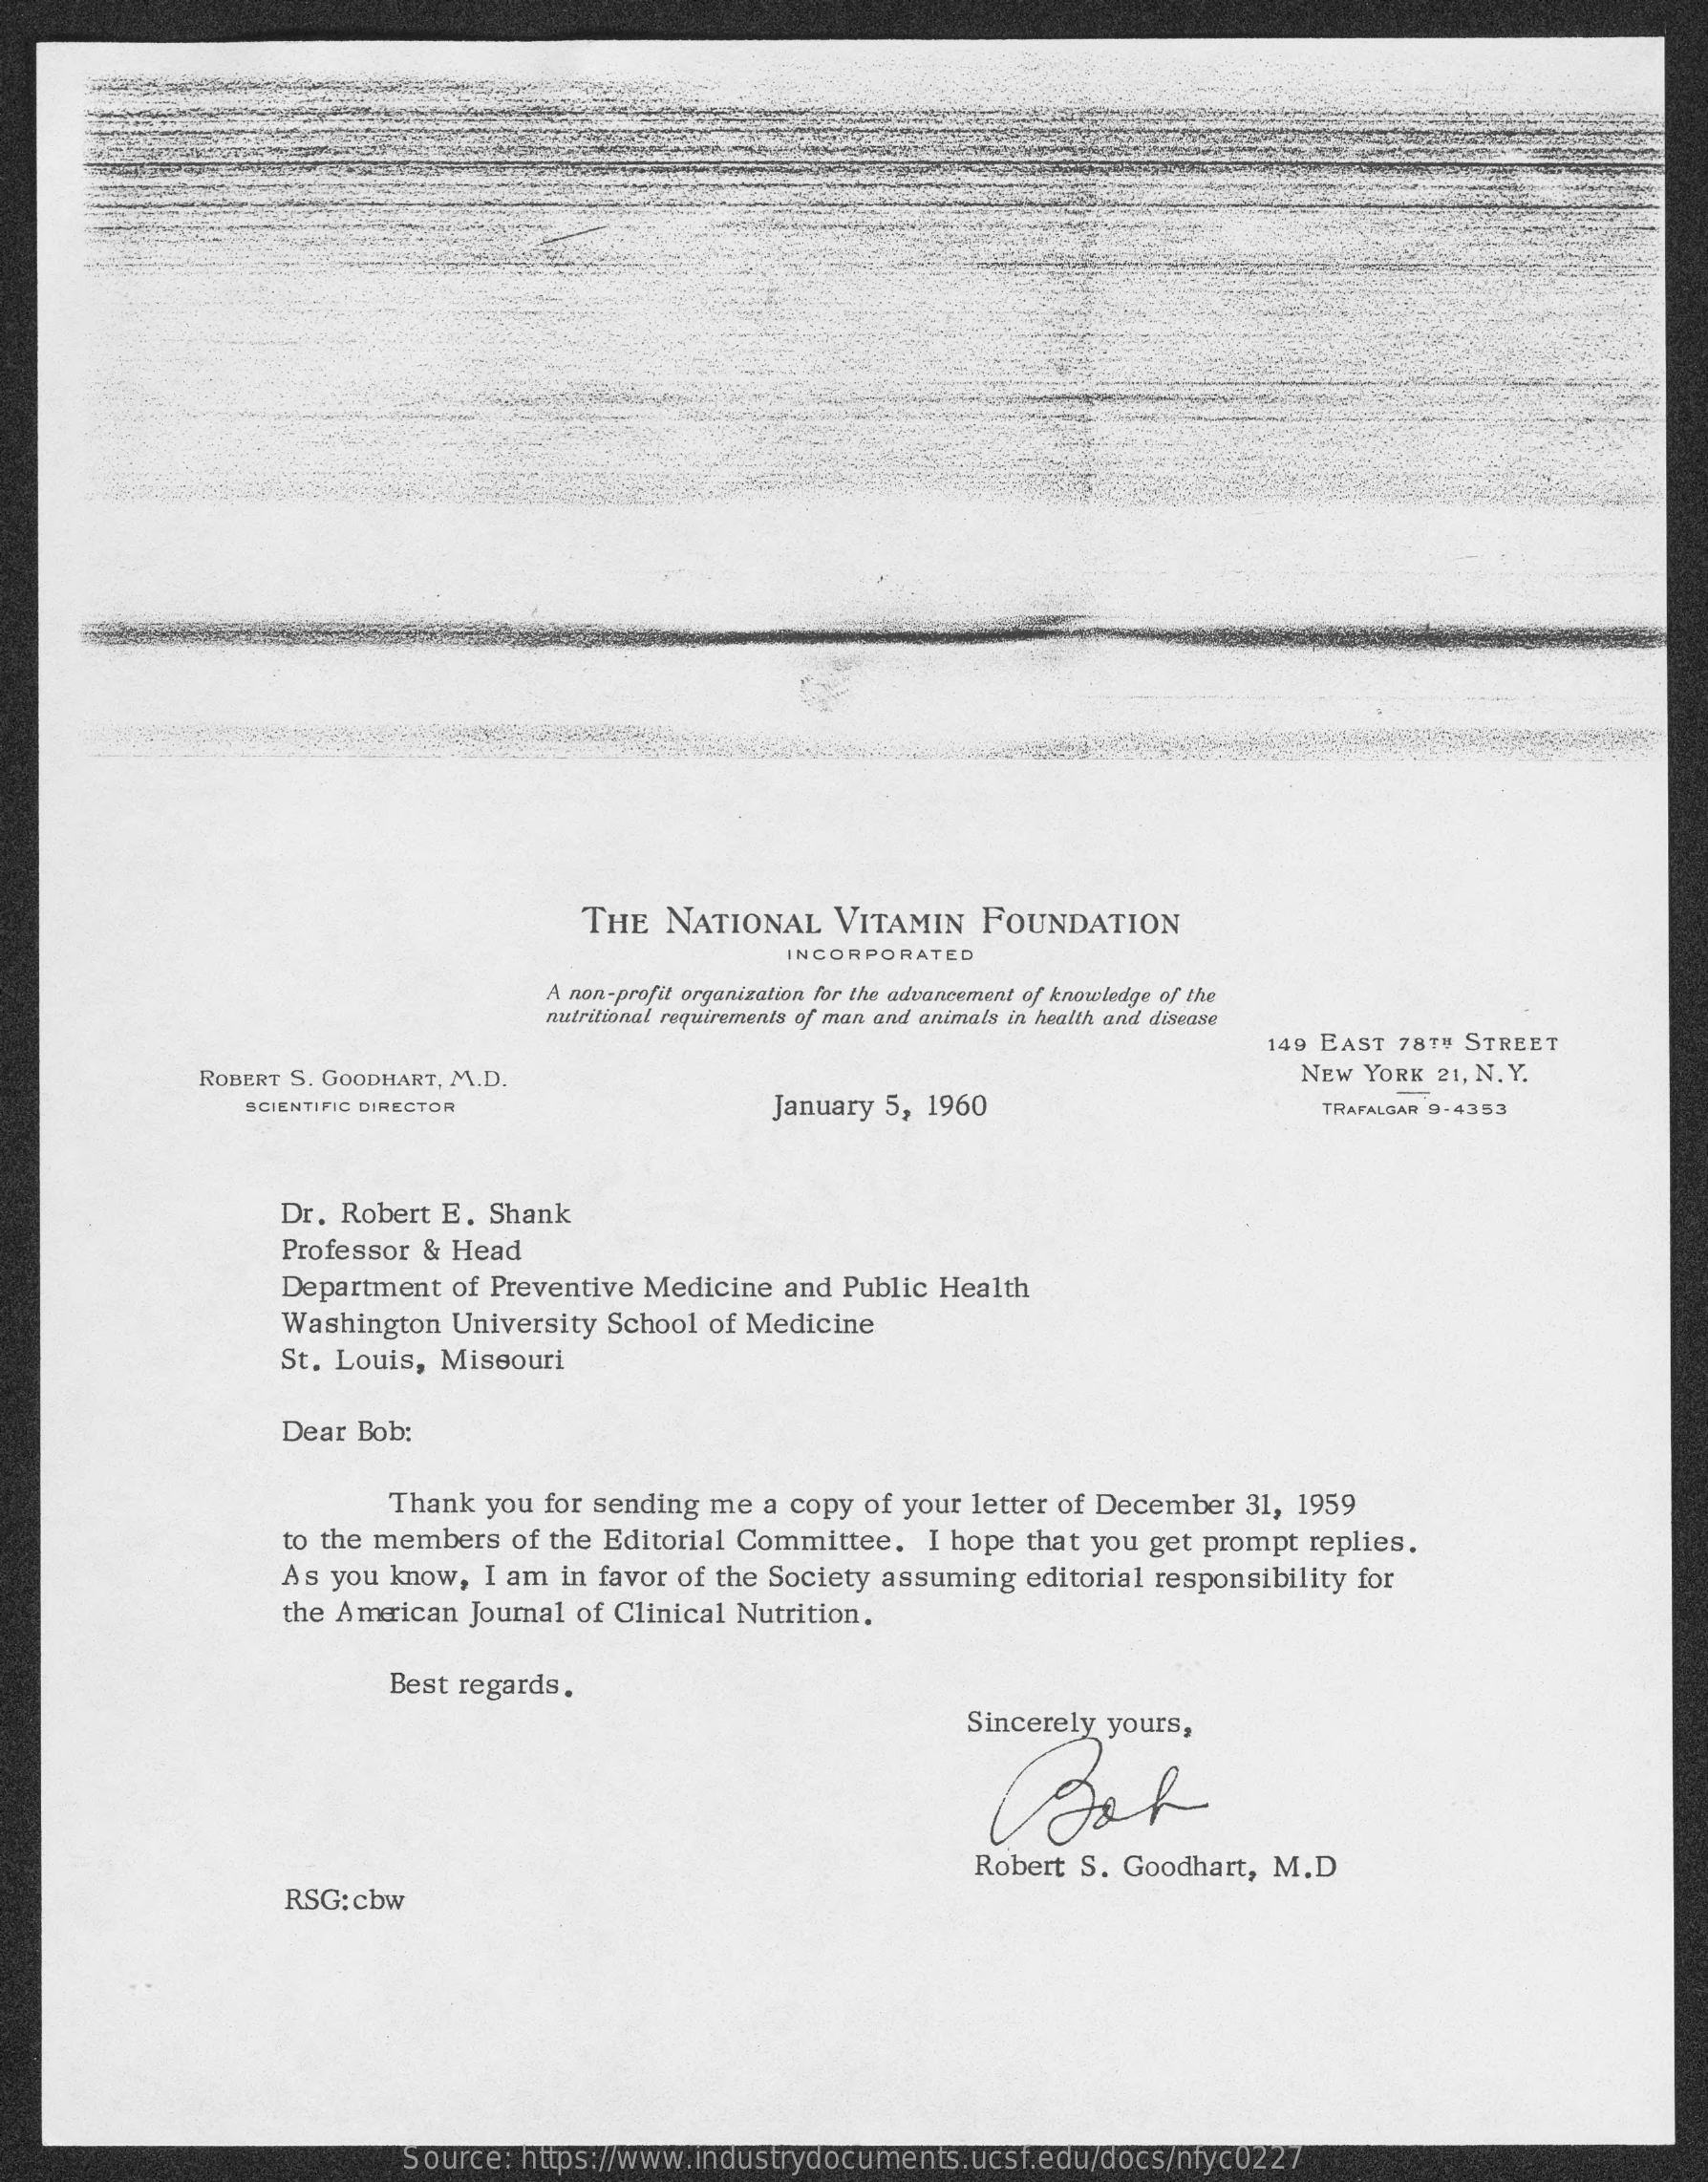
THE NATIONAL  VITAMIN  FOUNDATION
     INCORPORATED
     A non-profit organization for the advancement of knowledge of the
     nutritional requirements of man and animals in health and disease
     149 EAST 78TU STREET
     ROBERT S. GOODHART, M.D.    NEW YORK 21, N. Y.
     SCIENTIFIC DIRECTOR    January 5, 1960    TRAFALGAR 9-4353
     Dr. Robert E. Shank
     Professor & Head
     Department of Preventive Medicine and Public Health
     Washington University School of Medicine
     St. Louis, Missouri
     Dear Bob:
     Thank you for sending me a copy of your letter of December 31, 1959
     to the members of the Editorial Committee. I hope that you get prompt replies.
     As you know, I am in favor of the Society assuming editorial responsibility for
     the American Journal of Clinical Nutrition.
     Best regards.
     Sincerely yours,
     Robert S. Goodhart, M.D
     RSG: cbw
     Source: https://www.industrydocuments.ucsf.edu/docs/nfyc0227